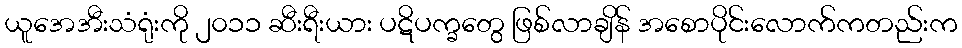
ယူအေအီးသံရုံးကို ၂၀၁၁ ဆီးရီးယား ပဋိပက္ခတွေ ဖြစ်လာချိန် အစောပိုင်းလောက်ကတည်းက